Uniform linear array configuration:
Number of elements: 32
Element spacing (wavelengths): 0.75
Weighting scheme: uniform
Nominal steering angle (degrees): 0
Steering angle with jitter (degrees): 0.9336
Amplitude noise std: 0.05
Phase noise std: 0.05

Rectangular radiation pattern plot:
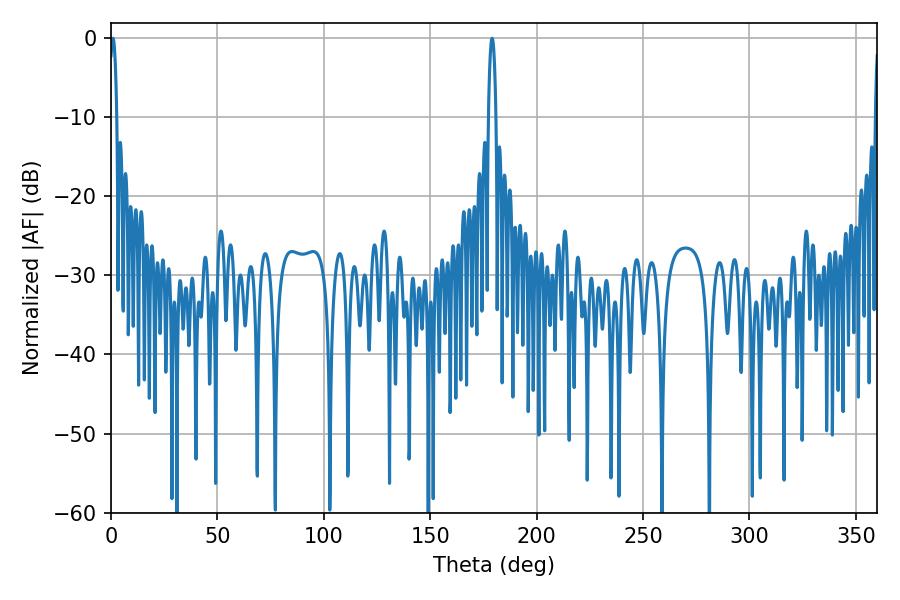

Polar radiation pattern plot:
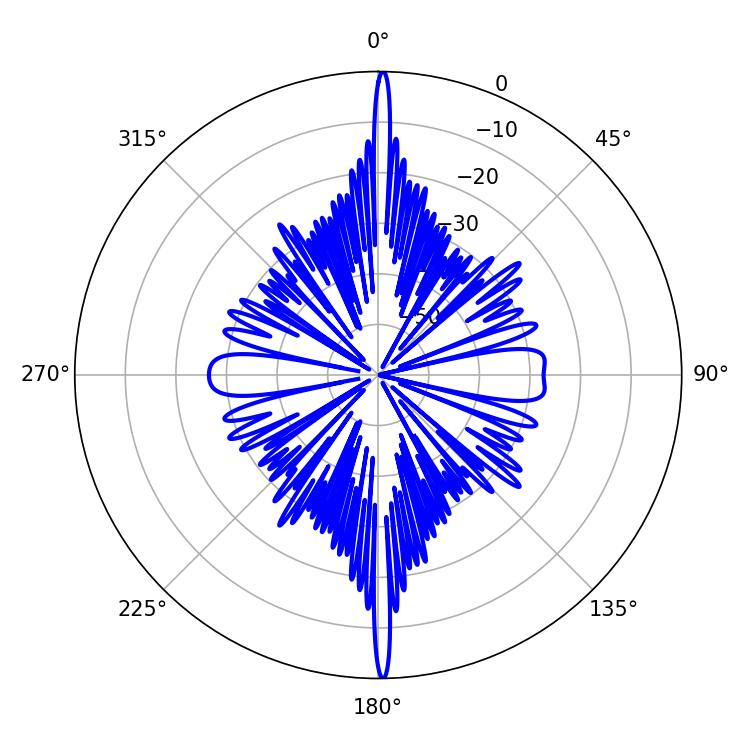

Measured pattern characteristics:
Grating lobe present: TRUE
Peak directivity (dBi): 30.959
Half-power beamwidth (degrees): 1.8
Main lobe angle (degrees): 179.1